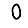
Digit: 0